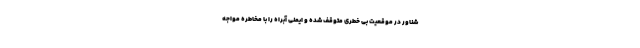
شناور در موقعیت بی خطری متوقف شده و ایمنی آبراه را با مخاطره مواجه